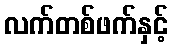
လက်တစ်ဖက်နှင့်